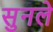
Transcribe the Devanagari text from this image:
सुनले